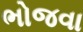
ભોજવા